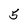
Character: 5